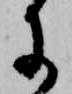
に